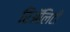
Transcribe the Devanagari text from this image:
रिॲलिटी